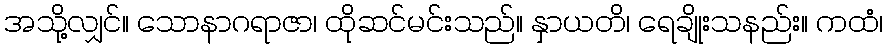
အသို့လျှင်။ သောနာဂရာဇာ၊ ထိုဆင်မင်းသည်။ နှာယတိ၊ ရေချိုးသနည်း။ ကထံ၊